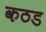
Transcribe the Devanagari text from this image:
कठड